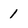
Character: 1